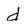
Character: d